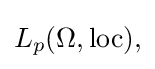
{\textstyle L_{p}(\Omega ,\mathrm {loc} ),}